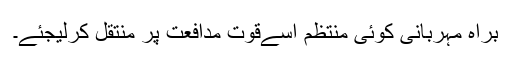
براہ مہربانی کوئی منتظم اسےقوت مدافعت پر منتقل کرلیجئے۔